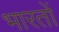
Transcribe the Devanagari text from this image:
भारतों